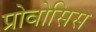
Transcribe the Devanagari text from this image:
प्रोवोसिस